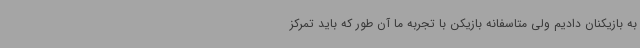
به بازیکنان دادیم ولی متاسفانه بازیکن با تجربه ما آن طور که باید تمرکز